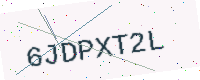
Text: 6JDPXT2L